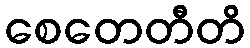
စေတေတီတိ